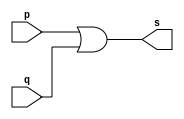
// -------------------------
// Exemplo0004 - OR
// Nome: TIAGO MATTA MACHADO ZAIDAN
// -------------------------
// -------------------------
// -- or gate
// -------------------------
module orgate ( output s,
input p, q);
assign s = p | q;
endmodule // orgate
// ---------------------
// -- test or gate
// ---------------------
module testorgate;
// ------------------------- dados locais
reg a, b; // definir registradores
wire s; // definir conexao (fio)
// ------------------------- instancia
orgate OR1 (s, a, b);
// ------------------------- preparacao
initial begin:start
// atribuicao simultanea
// dos valores iniciais
a=0; b=0;
end
// ------------------------- parte principal
initial begin
$display("Exemplo0004 - TIAGO MATTA MACHADO ZAIDAN - 451620");
$display("Test OR gate");
$display("\na | b = s\n");
a=0; b=0;
#1 $display("%b | %b = %b", a, b, s);
a=0; b=1;
#1 $display("%b | %b = %b", a, b, s);
a=1; b=0;
#1 $display("%b | %b = %b", a, b, s);
a=1; b=1;
#1 $display("%b | %b = %b", a, b, s);
end
endmodule // testorgate